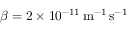
\beta = 2 \times 1 0 ^ { - 1 1 } \, \mathrm { m ^ { - 1 } \, s ^ { - 1 } }